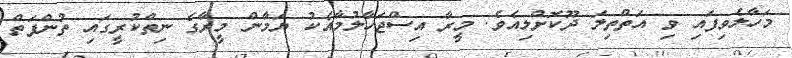
މަހާލެވިފައި ވި އަތްތިލަ ދޫކޮށްލިއެވެ. މީރާ އިސްޖަހާލުމާއެކު ޔަމާން މީރާގެ ނިތްކުރީގައި ތުންފަތް